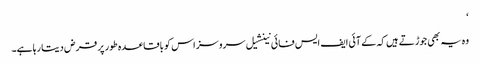
‘
وہ یہ بھی جوڑتے ہیں کہ کے آئی ایف ایس فائی نینشیل سروسز اس کو باقاعدہ طور پر قرض دیتا رہا ہے۔